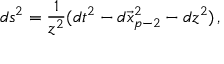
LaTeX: d s ^ { 2 } = \frac { 1 } { z ^ { 2 } } ( d t ^ { 2 } - d \vec { x } _ { p - 2 } ^ { 2 } - d z ^ { 2 } ) \, ,